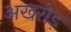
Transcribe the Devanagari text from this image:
अखरोड़